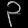
Digit: ၃